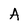
Character: A